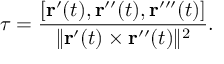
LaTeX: \tau = { \frac { [ \mathbf { r } ^ { \prime } ( t ) , \mathbf { r } ^ { \prime \prime } ( t ) , \mathbf { r } ^ { \prime \prime \prime } ( t ) ] } { \| \mathbf { r } ^ { \prime } ( t ) \times \mathbf { r } ^ { \prime \prime } ( t ) \| ^ { 2 } } } .